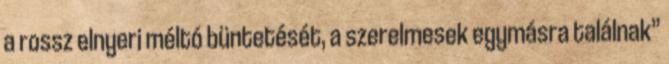
a rossz elnyeri méltó büntetését, a szerelmesek egymásra találnak”